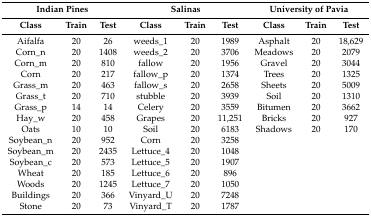
<table><thead><tr><td colspan="3"><b>Indian Pines</b></td><td colspan="3"><b>Salinas</b></td><td colspan="3"><b>University of Pavia</b></td></tr><tr><td><b>Class</b></td><td><b>Train</b></td><td><b>Test</b></td><td><b>Class</b></td><td><b>Train</b></td><td><b>Test</b></td><td><b>Class</b></td><td><b>Train</b></td><td><b>Test</b></td></tr></thead><tbody><tr><td>Aifalfa</td><td>20</td><td>26</td><td>weeds_1</td><td>20</td><td>1989</td><td>Asphalt</td><td>20</td><td>18,629</td></tr><tr><td>Corn_n</td><td>20</td><td>1408</td><td>weeds_2</td><td>20</td><td>3706</td><td>Meadows</td><td>20</td><td>2079</td></tr><tr><td>Corn_m</td><td>20</td><td>810</td><td>fallow</td><td>20</td><td>1956</td><td>Gravel</td><td>20</td><td>3044</td></tr><tr><td>Corn</td><td>20</td><td>217</td><td>fallow_p</td><td>20</td><td>1374</td><td>Trees</td><td>20</td><td>1325</td></tr><tr><td>Grass_m</td><td>20</td><td>463</td><td>fallow_s</td><td>20</td><td>2658</td><td>Sheets</td><td>20</td><td>5009</td></tr><tr><td>Grass_t</td><td>20</td><td>710</td><td>stubble</td><td>20</td><td>3939</td><td>Soil</td><td>20</td><td>1310</td></tr><tr><td>Grass_p</td><td>14</td><td>14</td><td>Celery</td><td>20</td><td>3559</td><td>Bitumen</td><td>20</td><td>3662</td></tr><tr><td>Hay_w</td><td>20</td><td>458</td><td>Grapes</td><td>20</td><td>11,251</td><td>Bricks</td><td>20</td><td>927</td></tr><tr><td>Oats</td><td>10</td><td>10</td><td>Soil</td><td>20</td><td>6183</td><td>Shadows</td><td>20</td><td>170</td></tr><tr><td>Soybean_n</td><td>20</td><td>952</td><td>Corn</td><td>20</td><td>3258</td><td></td><td></td><td></td></tr><tr><td>Soybean_m</td><td>20</td><td>2435</td><td>Lettuce_4</td><td>20</td><td>1048</td><td></td><td></td><td></td></tr><tr><td>Soybean_c</td><td>20</td><td>573</td><td>Lettuce_5</td><td>20</td><td>1907</td><td></td><td></td><td></td></tr><tr><td>Wheat</td><td>20</td><td>185</td><td>Lettuce_6</td><td>20</td><td>896</td><td></td><td></td><td></td></tr><tr><td>Woods</td><td>20</td><td>1245</td><td>Lettuce_7</td><td>20</td><td>1050</td><td></td><td></td><td></td></tr><tr><td>Buildings</td><td>20</td><td>366</td><td>Vinyard_U</td><td>20</td><td>7248</td><td></td><td></td><td></td></tr><tr><td>Stone</td><td>20</td><td>73</td><td>Vinyard_T</td><td>20</td><td>1787</td><td></td><td></td><td></td></tr></tbody></table>